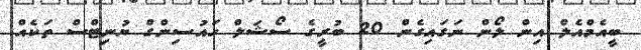
ބީއެމްއެލް އިން ލޯން ނަގައިގެން 20 ބުރީގެ ސޯޝަލް ހައުސިންގް ޔުނިޓްސް ތަކެއް